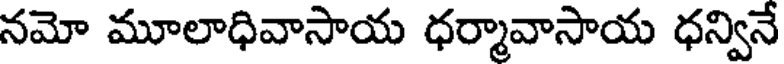
నమో మూలాధివాసాయ ధర్మావాసాయ ధన్వినే